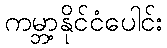
ကမ္ဘာ့နိုင်ငံပေါင်း